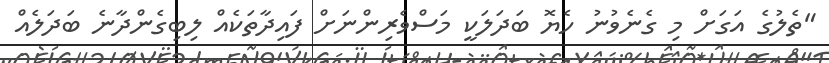
"ތެލުގެ އަގަށް މި ގެނެވުނު ހެޔޮ ބަދަލަކީ މަސްވެރިންނަށް ފައިދާތަކެއް ލިބިގެންދާނެ ބަދަލެއް